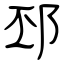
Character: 邳